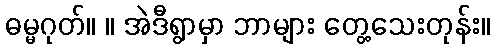
ဓမ္မဂုတ်။ ။ အဲဒီရွာမှာ ဘာများ တွေ့သေးတုန်း။